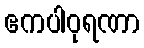
ဧကပါဝုရဏာ